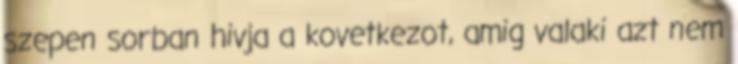
szepen sorban hivja a kovetkezot, amig valaki azt nem